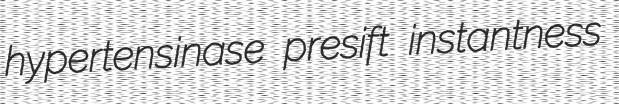
hypertensinase presift instantness